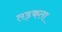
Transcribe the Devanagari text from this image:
तड़कता